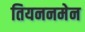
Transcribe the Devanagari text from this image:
तियननमेन